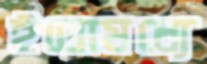
ইতোমধ্যে